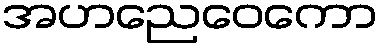
အဟညေဝေကော